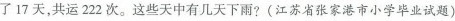
了17天，共运222次。这些天中有几天下雨?(江苏省张家港市小学毕业试题)